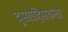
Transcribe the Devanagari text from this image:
दुस्साहिसकता